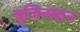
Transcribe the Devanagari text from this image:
वृजिनवान